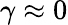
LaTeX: \gamma\approx 0